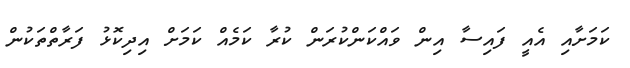
ކަމަށާއި އެއީ ފައިސާ އިން ވައްކަންކުރަން ކުރާ ކަމެއް ކަމަށް އިދިކޮޅު ފަރާތްތަކުން